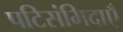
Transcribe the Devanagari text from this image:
पटिसंभिदाएँ